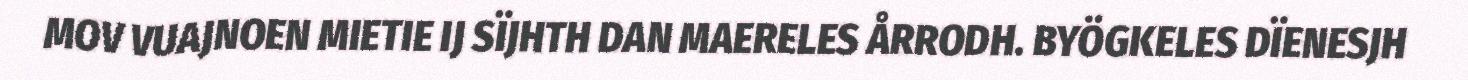
MOV VUAJNOEN MIETIE IJ SÏJHTH DAN MAERELES ÅRRODH. BYÖGKELES DÏENESJH